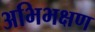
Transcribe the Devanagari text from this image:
अभिभक्षण